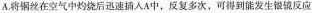
A.将铜丝在空气中灼烧后迅速插入A中，反复多次，可得到能发生银镜反应